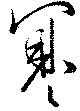
寒